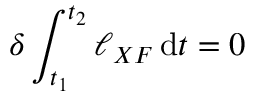
\delta \int _ { t _ { 1 } } ^ { t _ { 2 } } { \ell _ { X F } } \, \mathrm { d } t = 0